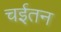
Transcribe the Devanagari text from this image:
चईतन